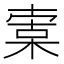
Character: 𣕣